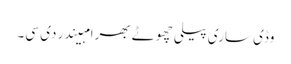
وڈی ساری پیلی چھوٹے بھرا مہیندر دی سی۔